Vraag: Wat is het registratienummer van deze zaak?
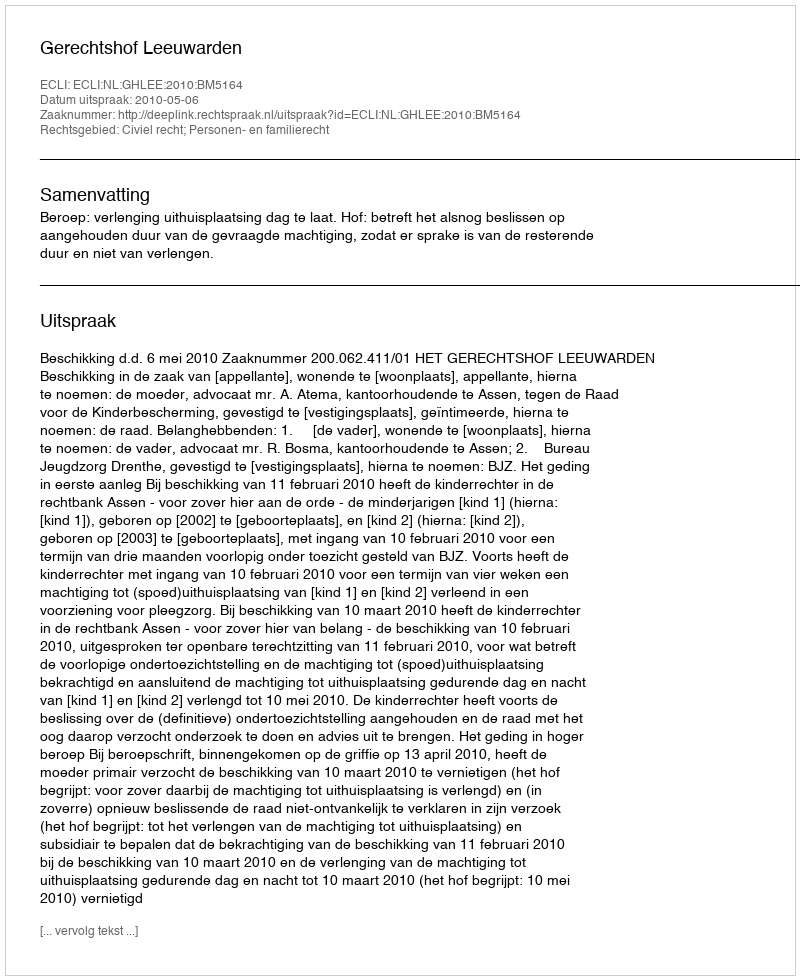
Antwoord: http://deeplink.rechtspraak.nl/uitspraak?id=ECLI:NL:GHLEE:2010:BM5164